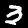
Label: 3